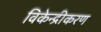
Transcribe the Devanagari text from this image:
विकेन्‍द्रीकरण